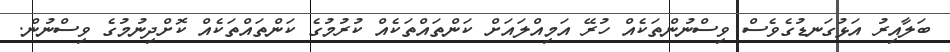
ބަލާއިރު އަޅުގަނޑުގެވެސް ވިސްނުންތަކެއް ހުރޭ އަމިއްލައަށް ކަންތައްތަކެއް ކުރުމުގެ ކަންތައްތަކެއް ކޮށްދިނުމުގެ ވިސްނުން.